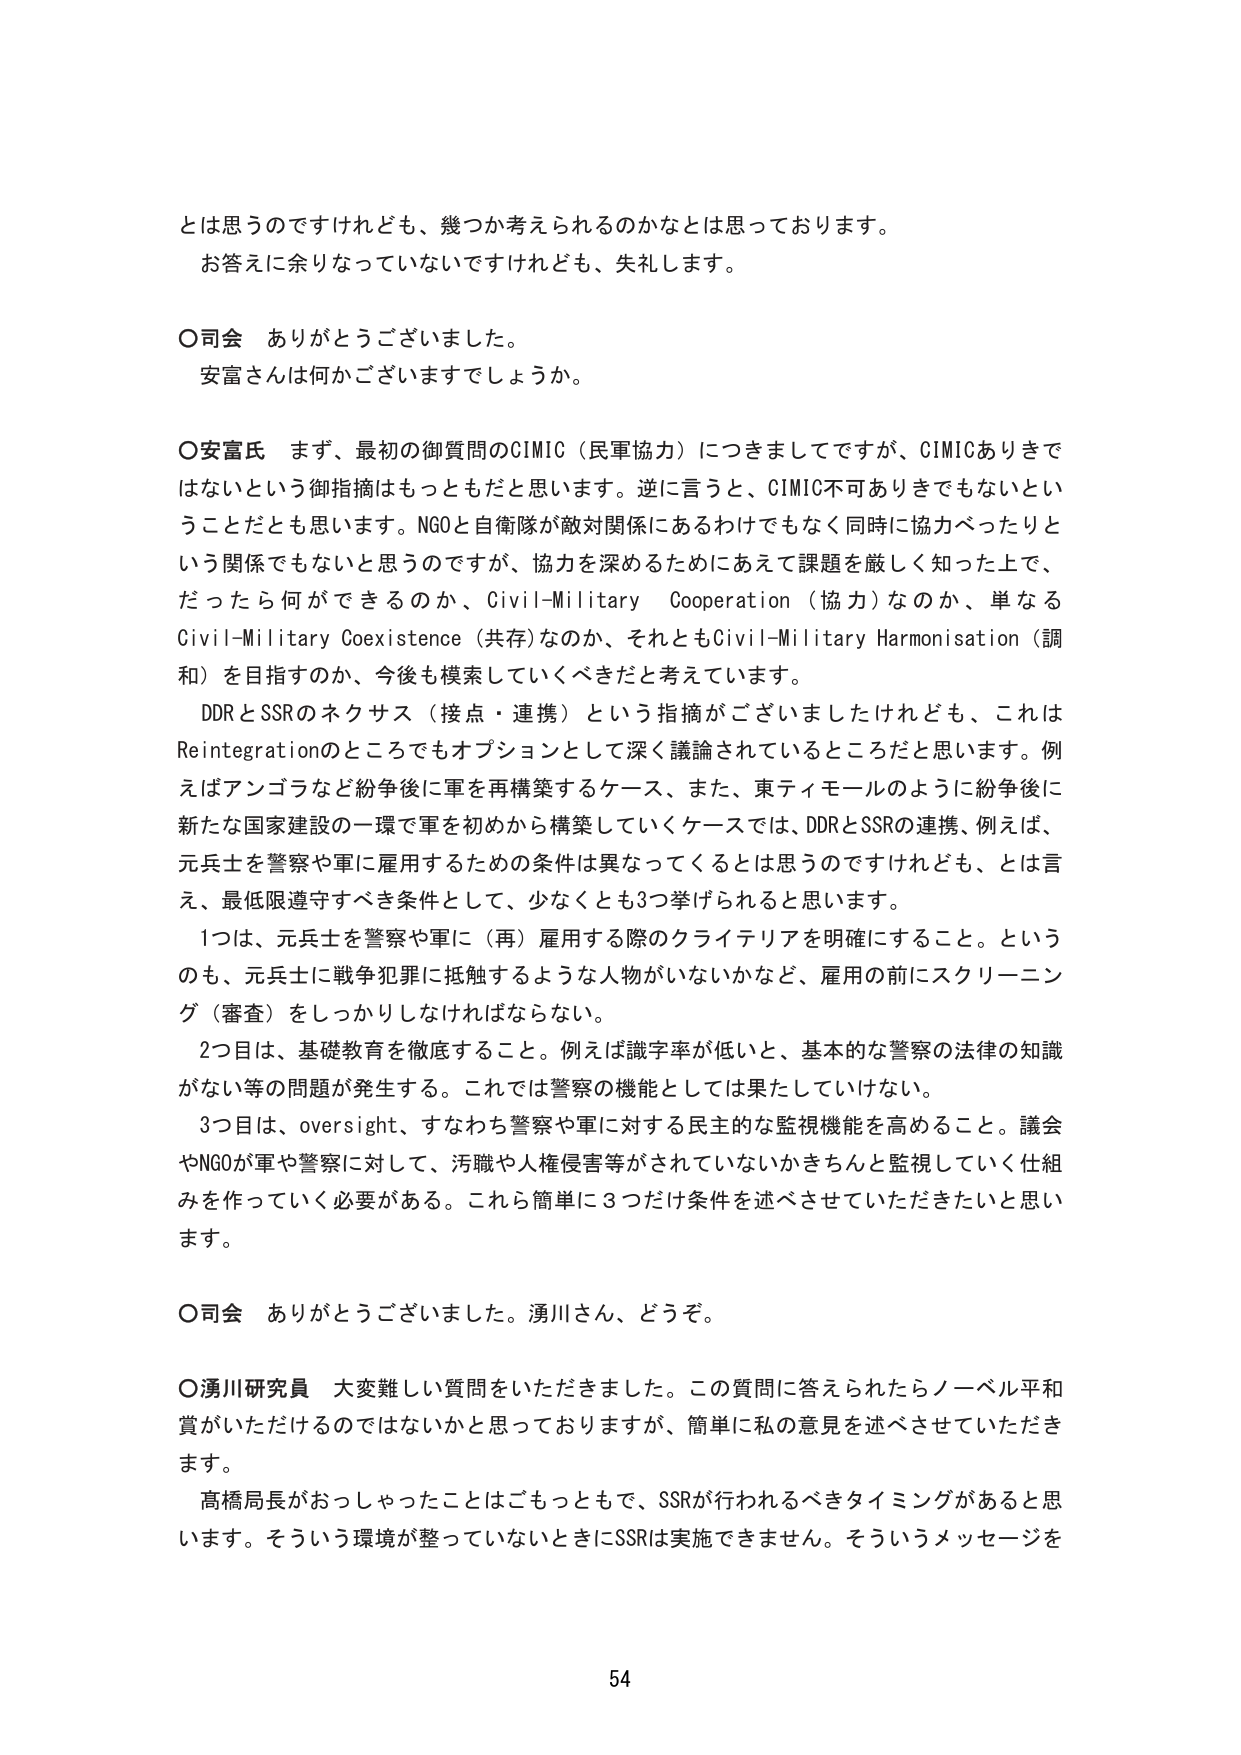
とは思うのですけれども、幾つか考えられるのかなとは思っております。
お答えに余りなっていないですけれども、失礼します。

○司会　ありがとうございました。
安富さんは何かございますでしょうか。

○安富氏　まず、最初の御質問のCIMIC（民軍協力）につきましてですが、CIMICありきではないという御指摘はもっともだと思います。逆に言うと、CIMIC不可ありきでもないということだとも思います。NGOと自衛隊が敵対関係にあるわけでもなく同時に協力べったりという関係でもないと思うのですが、協力を深めるためにあえて課題を厳しく知った上で、だったら何ができるのか、Civil-Military Cooperation（協力）なのか、単なるCivil-Military Coexistence（共存）なのか、それともCivil-Military Harmonisation（調和）を目指すのか、今後も模索していくべきだと考えています。
DDRとSSRのネクサス（接点・連携）という指摘がございましたけれども、これはReintegrationのところでもオプションとして深く議論されているところだと思います。例えばアンゴラなど紛争後に軍を再構築するケース、また、東ティモールのように紛争後に新たな国家建設の一環で軍を初めから構築していくケースでは、DDRとSSRの連携、例えば、元兵士を警察や軍に雇用するための条件は異なってくるとは思うのですけれども、とは言え、最低限遵守すべき条件として、少なくとも3つ挙げられると思います。
1つは、元兵士を警察や軍に（再）雇用する際のクライテリアを明確にすること。というのも、元兵士に戦争犯罪に抵触するような人物がいないかなど、雇用の前にスクリーニング（審査）をしっかりしなければならない。
2つ目は、基礎教育を徹底すること。例えば識字率が低いと、基本的な警察の法律の知識がない等の問題が発生する。これでは警察の機能としては果たしていけない。
3つ目は、oversight、すなわち警察や軍に対する民主的な監視機能を高めること。議会やNGOが軍や警察に対して、汚職や人権侵害等がされていないかきちんと監視していく仕組みを作っていく必要がある。これら簡単に3つだけ条件を述べさせていただきたいと思います。

○司会　ありがとうございました。湧川さん、どうぞ。

○湧川研究員　大変難しい質問をいただきました。この質問に答えられたらノーベル平和賞がいただけるのではないかと思っておりますが、簡単に私の意見を述べさせていただきます。
高橋局長がおっしゃったことはごもっともで、SSRが行われるべきタイミングがあると思います。そういう環境が整っていないときにSSRは実施できません。そういうメッセージを

54